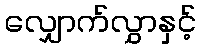
လျှောက်လွှာနှင့်